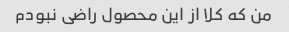
من که کلا از این محصول راضی نبودم